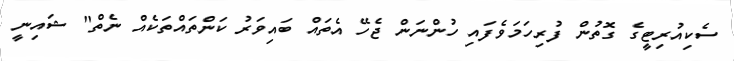
ސެކިއުރިޓީގެ ގޮތުން ފުރިހަމަވެފައި ހުންނަން ޖެހޭ އެތައް ބައިވަރު ކަންތައްތަކެއް ނެތް" ޝައިނީ